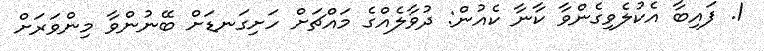
1. ފައިބާ އެކުލެވިގެންވާ ކާނާ ކެއުން: ދުވާލެއްގެ މައްޗަށް ހަށިގަނޑަށް ބޭނުންވާ މިންވަރަށް